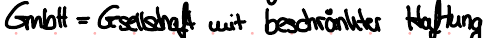
GmbH = Gesellschaft mit beschränkter Haftung